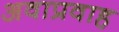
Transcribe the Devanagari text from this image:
अवाप्रवाह